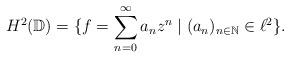
LaTeX: \begin{align*}H^2(\mathbb{D}) = \{f =\sum_{n=0}^{\infty} a_n z^n \mid (a_n)_{n\in\mathbb{N}} \in \ell^2\}.\end{align*}